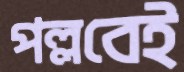
পল্লবেই